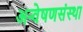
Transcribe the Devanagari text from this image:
अन्वेषणसंस्था